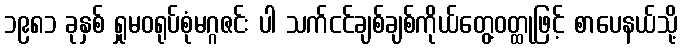
၁၉၈၁ ခုနှစ် ရှုမဝရုပ်စုံမဂ္ဂဇင်း ပါ သက်ငင်ချစ်ချစ်ကိုယ်တွေ့ဝတ္ထုဖြင့် စာပေနယ်သို့